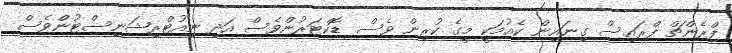
ފްރެންޗް ފްރައިސް ގިނައިން ކެއުމަކީ މީގެ ކުރިން ވެސް ޑޮކްޓަރުންވެސް އަދި ނިއުޓްރިޝަނިސްޓުންވެސް